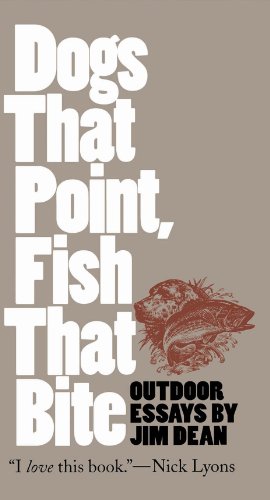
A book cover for Dogs That Point, Fish That Bite: Outdoor Essays (Chapel Hill Book); Jim Dean; Travel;